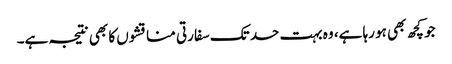
جو کچھ بھی ہو رہا ہے، وہ بہت حد تک سفارتی مناقشوں کا بھی نتیجہ ہے۔